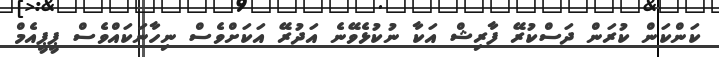
ކަންކަން ކުރަން ދަސްކުރޭ ފާރިޝް އަކާ ނުކުޅެވޭނެ އަދުރޭ އަކަށްވެސް ނިހާނަކައްވެސް ޕީޕީއެމް